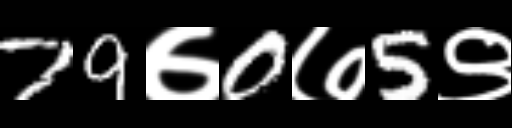
Text: 79७0७5९